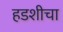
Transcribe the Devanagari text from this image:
हडशीचा